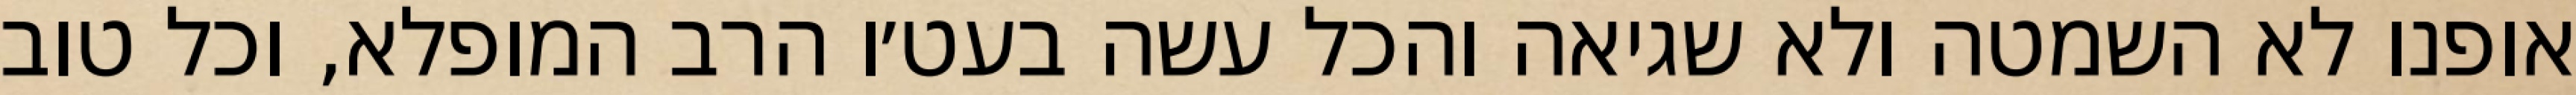
אופנו לא השמטה ולא שגיאה והכל עשה בעט׳ו הרב המופלא, וכל טוב